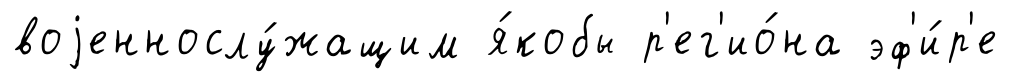
воjеннослу́жащим я́кобы р'ег'ио́на эф'и́р'е